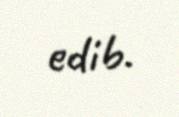
edib.